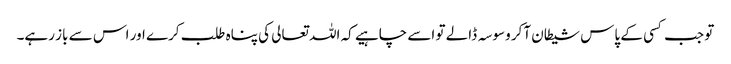
تو جب کسی کے پاس شیطان آکر وسوسہ ڈالے تو اسے چاہیے کہ اللہ تعالی کی پناہ طلب کرے اور اس سے باز رہے۔